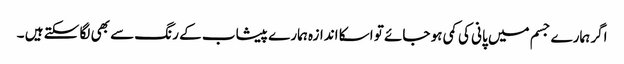
اگر ہمارے جسم میں پانی کی کمی ہو جائے تو اسکا اندازہ ہمارے پیشاب کے رنگ سے بھی لگا سکتے ہیں ۔